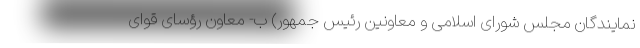
نمایندگان مجلس شورای اسلامی و معاونین رئیس جمهور) ب- معاون رؤسای قوای